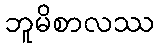
ဘူမိစာလဿ